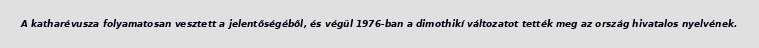
A katharévusza folyamatosan vesztett a jelentőségéből, és végül 1976-ban a dimothikí változatot tették meg az ország hivatalos nyelvének.